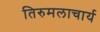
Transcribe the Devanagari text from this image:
तिरुमलाचार्य